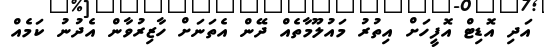
އަދި އޮޑިޓް އޮފީހަށް އިތުރު މައުލޫމާތެއް ދޭން އެތަނަށް ހާޒިރުވާން އެދުނު ކަމެއް